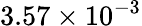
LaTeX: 3.57\times 10^{-3}